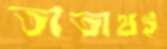
তাতাথই